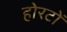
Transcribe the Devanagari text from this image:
होरटों